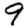
Digit: 9